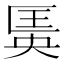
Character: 𱑆